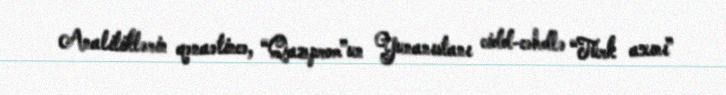
Analitiklərin qənaətincə, “Qazprom”un Yunanıstanı cidd-cəhdlə “Türk axını”